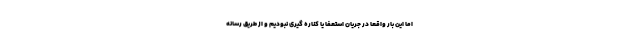
اما این بار واقعا در جریان استعفا یا کناره گیری نبودیم و از طریق رسانه